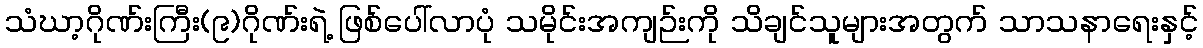
သံဃာ့ဂိုဏ်းကြီး(၉)ဂိုဏ်းရဲ့ ဖြစ်ပေါ်လာပုံ သမိုင်းအကျဉ်းကို သိချင်သူများအတွက် သာသနာရေးနှင့်